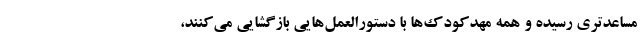
مساعد‌تری رسیده و همه مهدکودک‌ها با دستورالعمل‌هایی بازگشایی می‌کنند،